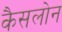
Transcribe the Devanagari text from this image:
कैसलोन